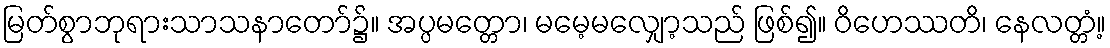
မြတ်စွာဘုရားသာသနာတော်၌။ အပ္ပမတ္တော၊ မမေ့မလျှော့သည် ဖြစ်၍။ ဝိဟေဿတိ၊ နေလတ္တံ့။